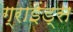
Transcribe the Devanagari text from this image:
ग्राइंड्स